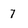
Character: 7